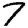
Digit: 7